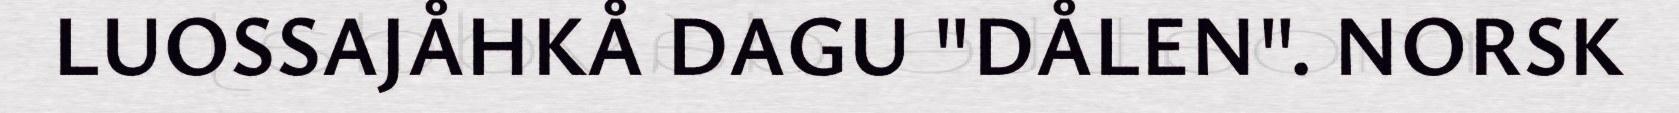
LUOSSAJÅHKÅ DAGU "DÅLEN". NORSK